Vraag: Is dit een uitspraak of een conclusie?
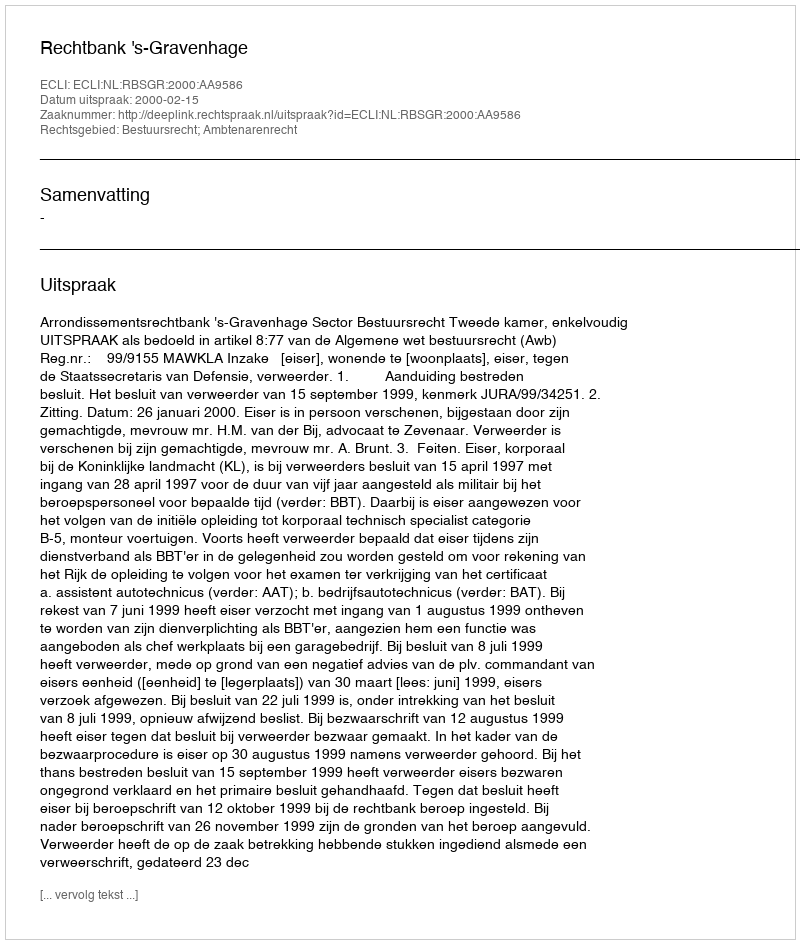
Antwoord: Uitspraak